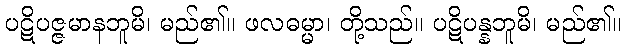
ပဋိပဇ္ဇမာနဘူမိ၊ မည်၏။ ဖလဓမ္မာ၊ တို့သည်။ ပဋိပန္နဘူမိ၊ မည်၏။